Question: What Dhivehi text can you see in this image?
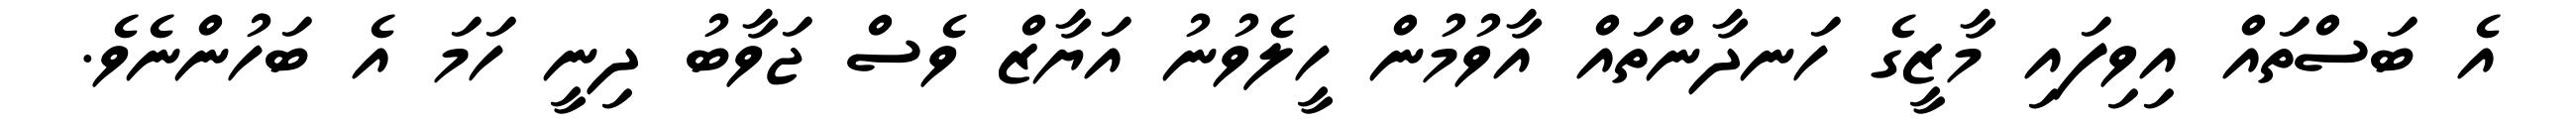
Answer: އެ ބަސްތައް އިވިފައި މާޒީގެ ހަނދާންތައް އާވުމުން ހީލެވުނު އަޔާޒް ވެސް ޖަވާބު ދިނީ ހަމަ އެ ބަހުންނެވެ.